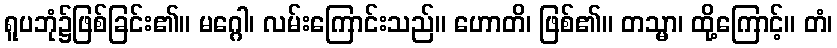
ရူပဘုံ၌ဖြစ်ခြင်း၏။ မဂ္ဂေါ၊ လမ်းကြောင်းသည်။ ဟောတိ၊ ဖြစ်၏။ တသ္မာ၊ ထို့ကြောင့်။ တံ၊